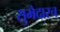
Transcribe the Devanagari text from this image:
सुभेदारच